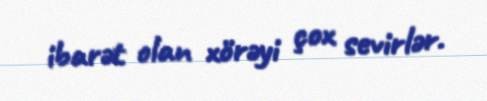
ibarət olan xörəyi çox sevirlər.